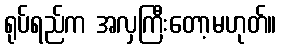
ရုပ်ရည်က အလှကြီးတော့မဟုတ်။